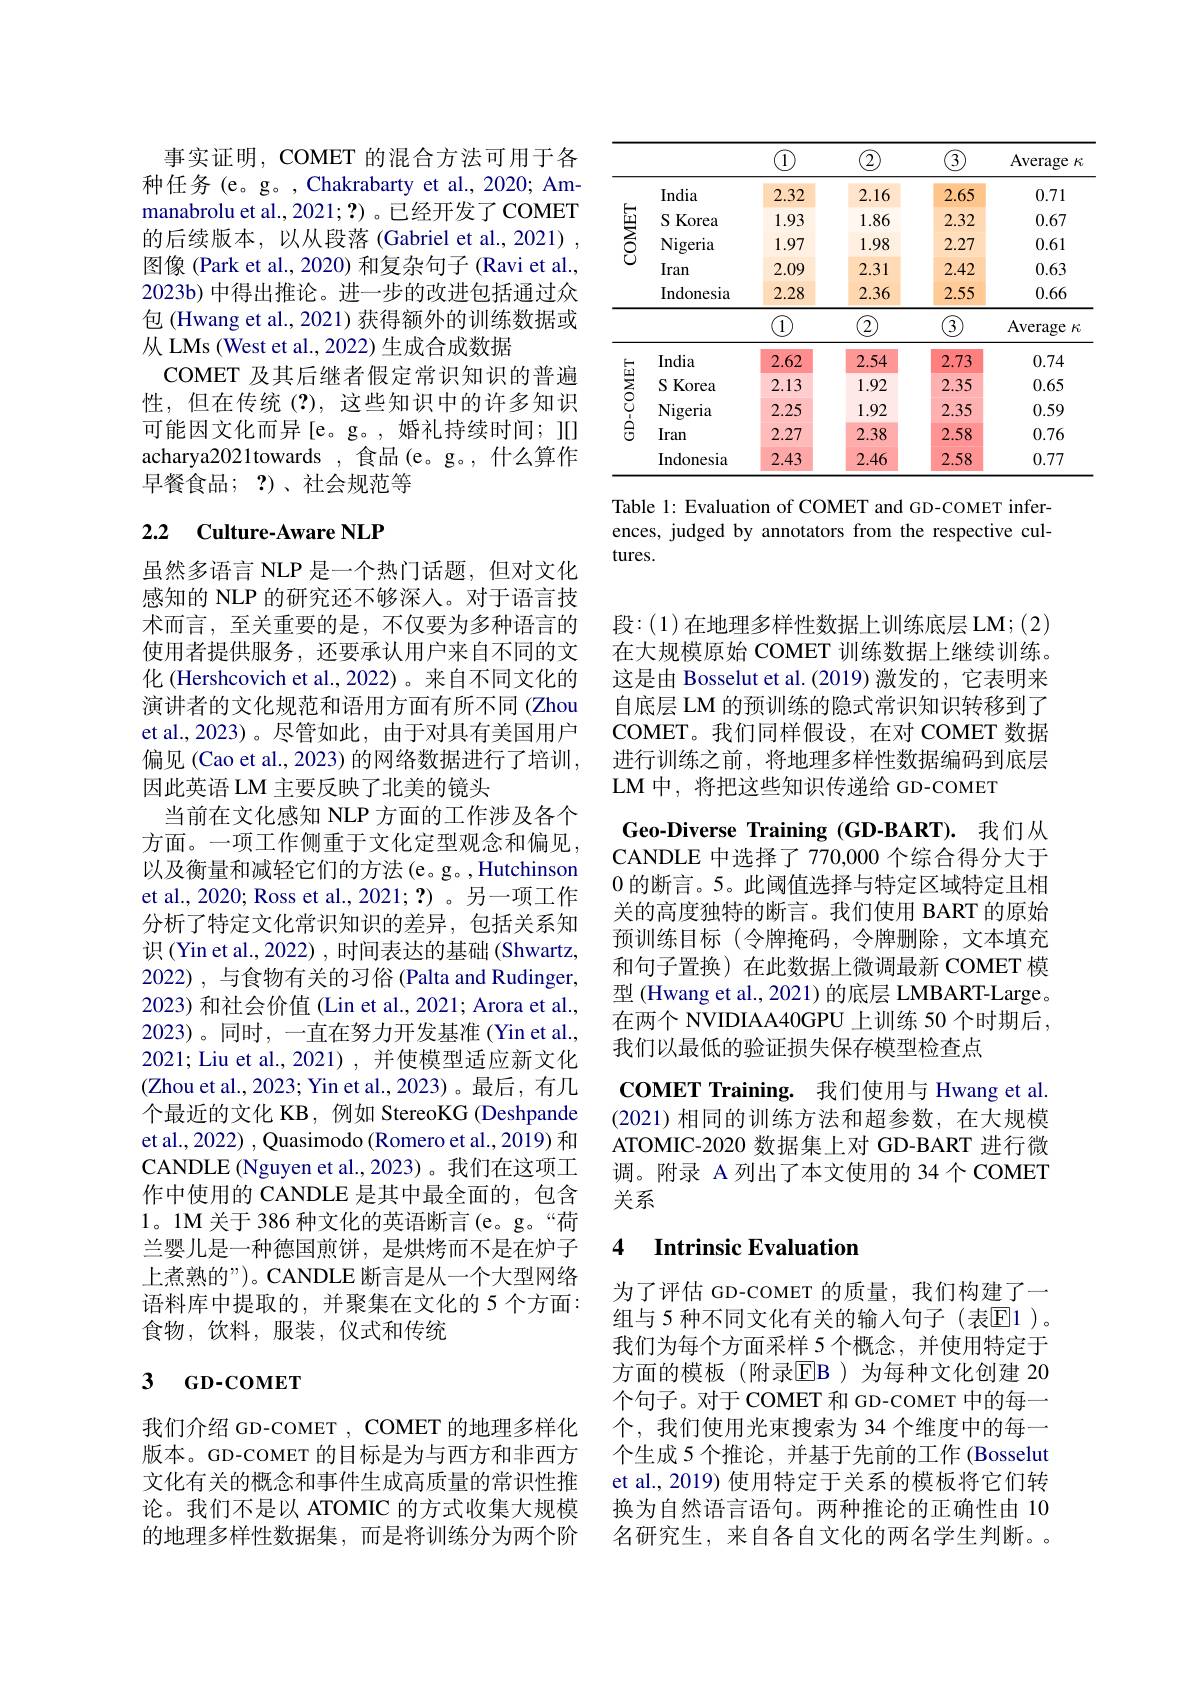
事实证明，COMET 的混合方法可用于各种任务 (e。g。,Chakrabarty et al.,2020; Ammanabrolu et al., 2021; ?) 。已经开发了 COMET 的后续版本，以从段落(Gabriel et al., 2021) , 图像 (Park et al., 2020) 和复杂句子 (Ravi et al., 2023b) 中得出推论。进一步的改进包括通过众包(Hwang et al., 2021) 获得额外的训练数据或从 LMs (West et al., 2022) 生成合成数据
COMET 及其后继者假定常识知识的普遍性，但在传统(?),这些知识中的许多知识可能因文化而异[e。g。,婚礼持续时间；][0 acharya2021towards ,食品(e。g。, 什么算作早餐食品；?)、社会规范等

# 2.2 Culture-Aware NLP

虽然多语言 NLP 是一个热门话题，但对文化感知的 NLP 的研究还不够深入。对于语言技术而言，至关重要的是，不仅要为多种语言的使用者提供服务，还要承认用户来自不同的文化 (Hershcovich et al., 2022)。来自不同文化的演讲者的文化规范和语用方面有所不同(Zhou et al.,2023)。尽管如此，由于对具有美国用户偏见 (Cao et al., 2023) 的网络数据进行了培训， 因此英语 LM 主要反映了北美的镜头
当前在文化感知 NLP 方面的工作涉及各个方面。一项工作侧重于文化定型观念和偏见， 以及衡量和减轻它们的方法(e。g。, Hutchinson et al., 2020; Ross et al., 2021; ?) 。另一项工作分析了特定文化常识知识的差异，包括关系知识(Yin et al., 2022) , 时间表达的基础 (Shwartz, 2022), 与食物有关的习俗 (Palta and Rudinger, 2023) 和社会价值 (Lin et al., 2021; Arora et al., 2023)。同时，一直在努力开发基准 (Yin et al., 2021; Liu et al., 2021) , 并使模型适应新文化(Zhou et al., 2023; Yin et al., 2023)。最后，有几个最近的文化 KB , 例如 StereoKG (Deshpande et al., 2022) , Quasimodo (Romero et al., 2019) 和CANDLE (Nguyen et al., 2023)。我们在这项工作中使用的 CANDLE 是其中最全面的，包含1。1M 关于 386 种文化的英语断言(e。g。“荷兰婴儿是一种德国煎饼，是烘烤而不是在炉子上煮熟的”)。CANDLE断言是从一个大型网络语料库中提取的，并聚集在文化的 5 个方面： 食物，饮料，服装，仪式和传统

## 3 GD- COMET

我们介绍 GD-COMET , COMET 的地理多样化版本。GD-COMET 的目标是为与西方和非西方文化有关的概念和事件生成高质量的常识性推论。我们不是以 ATOMIC 的方式收集大规模的地理多样性数据集，而是将训练分为两个阶

<table>
	<tbody>
		<tr>
			<th> </th>
			<th> </th>
			<th></th>
			<th>2</th>
			<th>${\overline{3}}$</th>
			<th>Average $F.$</th>
		</tr>
		<tr>
			<td rowspan="5">COMET</td>
			<td>India</td>
			<td>2.32</td>
			<td>2.16</td>
			<td>2.65</td>
			<td>0.71</td>
		</tr>
		<tr>
			<td>$S$ Korea</td>
			<td>1.93</td>
			<td>1.86</td>
			<td>2.32</td>
			<td>0.67</td>
		</tr>
		<tr>
			<td>Nigeria</td>
			<td>1.97</td>
			<td>1.98</td>
			<td>2.27</td>
			<td>0.61</td>
		</tr>
		<tr>
			<td>Iran</td>
			<td>2.09</td>
			<td>2.31</td>
			<td>2.42</td>
			<td>0.63</td>
		</tr>
		<tr>
			<td>Indonesia</td>
			<td>2.28</td>
			<td>2.36</td>
			<td>2.55</td>
			<td>0.66</td>
		</tr>
		<tr>
			<td> </td>
			<td> </td>
			<td>1</td>
			<td>2</td>
			<td>3</td>
			<td>Average $\Xi K$</td>
		</tr>
		<tr>
			<td rowspan="5">GD-COMET</td>
			<td>India</td>
			<td>2.62</td>
			<td>2.54</td>
			<td>2.73</td>
			<td>0.74</td>
		</tr>
		<tr>
			<td>S Korea</td>
			<td>2.13</td>
			<td>1.92</td>
			<td>2.35</td>
			<td>0.65</td>
		</tr>
		<tr>
			<td>Nigeria</td>
			<td>2.25</td>
			<td>1.92</td>
			<td>2.35</td>
			<td>0.59</td>
		</tr>
		<tr>
			<td>Iran</td>
			<td></td>
			<td>2.38</td>
			<td>2.58</td>
			<td>0.76</td>
		</tr>
		<tr>
			<td>Indonesia</td>
			<td></td>
			<td>2.46</td>
			<td>2.58</td>
			<td>0.77</td>
		</tr>
	</tbody>
</table>

Table 1: Evaluation of COMET and GD-COMET inferences, judged by annotators from the respective cultures.

段 : ( 1) 在地理多样性数据上训练底层LM；(2) 在大规模原始 COMET 训练数据上继续训练。这是由 Bosselut et al.(2019) 激发的，它表明来自底层 LM 的预训练的隐式常识知识转移到了COMET。我们同样假设，在对 COMET 数据进行训练之前，将地理多样性数据编码到底层LM 中，将把这些知识传递给 GD-COMET

Geo-Diverse Training (GD-BART). 我们从CANDLE 中选择了 770,000 个综合得分大于0的断言。5。此阈值选择与特定区域特定且相关的高度独特的断言。我们使用 BART 的原始预训练目标(令牌掩码，令牌删除，文本填充和句子置换)在此数据上微调最新 COMET 模型 (Hwang et al., 2021) 的底层 LMBART-Large。在两个 NVIDIAA40GPU 上训练 50 个时期后， 我们以最低的验证损失保存模型检查点
COMET Training. 我们使用与 Hwang et al (2021)相同的训练方法和超参数，在大规模ATOMIC-2020 数据集上对 GD-BART 进行微调。附录 A 列出了本文使用的 34 个 COMET 关系
4 Intrinsic Evaluation

为了评估 GD-COMET 的质量，我们构建了一组与 5 种不同文化有关的输人句子(表$\mathbb{E}$1)。我们为每个方面采样 5 个概念，并使用特定于方面的模板(附录$\overline{\mathrm{EB}}$)为每种文化创建 20个句子。对于 COMET 和 GD-COMET 中的每一个，我们使用光束搜索为 34 个维度中的每一个生成 5 个推论，并基于先前的工作 (Bosselut et al., 2019) 使用特定于关系的模板将它们转换为自然语言语句。两种推论的正确性由 10名研究生，来自各自文化的两名学生判断。。